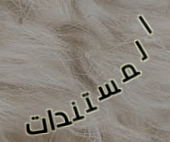
المستندات